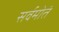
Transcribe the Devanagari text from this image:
सर्वमोतं